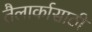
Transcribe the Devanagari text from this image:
तैलार्कासाठी